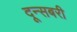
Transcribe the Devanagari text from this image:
दून्सबरी